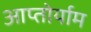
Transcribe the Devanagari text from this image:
आप्‍तोर्याम